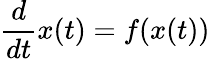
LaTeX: {\frac{d}{dt}}x(t)=f(x(t))